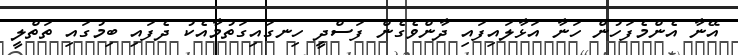
އޭނާ އެންމެފަހުން ހަނާ އަޅާލައިފައި ދާންވެގެން ފަސްދީ ހިނގައިގަތުމާއެކު ދެފައި ބިމުގައި ތަތްލީ